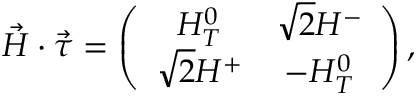
\vec { H } \cdot \vec { \tau } = \left( \begin{array} { c c } { { H _ { T } ^ { 0 } } } & { { \sqrt { 2 } H ^ { - } } } \\ { { \sqrt { 2 } H ^ { + } } } & { { - H _ { T } ^ { 0 } } } \end{array} \right) ,